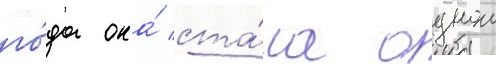
го́да она́ ста́ла однои